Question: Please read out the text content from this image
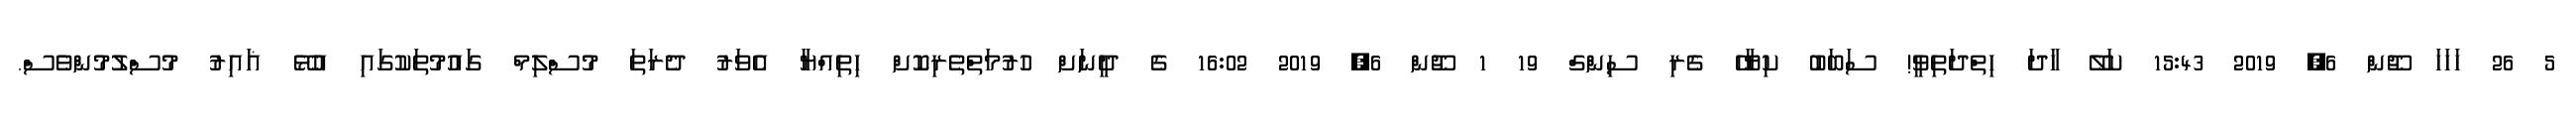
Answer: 5 26 ހަހަހަ ޖޫން 6, 2019 15:43 ކަލޭ ހާދަ ހިތްދަތިވީ! ސަބަބު ކިޔާހޭ ގެރި ސިންގް 19 1 ޖޫން 6, 2019 16:02 ގެ ދީނަށް ހުރުމަތްތެރިކޮށް ހިތިއްޔާ އެވަރު ދެރަތަ މުސްލިމް ގައުމުތަކުގައި އުޅޭ ޣައިރު މުސްލުމުންވެސް.